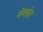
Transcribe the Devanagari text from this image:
मेंग्लोर